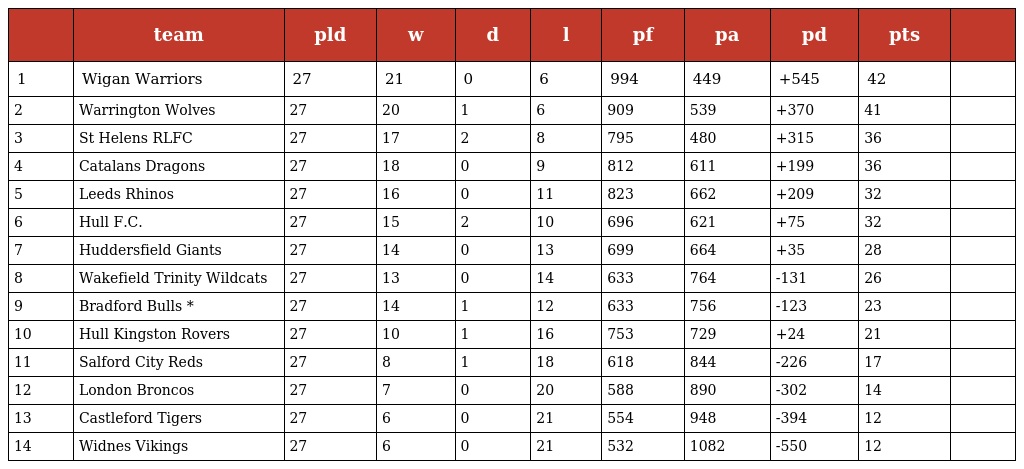
|  | team | pld | w | d | l | pf | pa | pd | pts |  |
 | --- | --- | --- | --- | --- | --- | --- | --- | --- | --- | --- |
 | 1 | Wigan Warriors | 27 | 21 | 0 | 6 | 994 | 449 | +545 | 42 |  |
 | 2 | Warrington Wolves | 27 | 20 | 1 | 6 | 909 | 539 | +370 | 41 |  |
 | 3 | St Helens RLFC | 27 | 17 | 2 | 8 | 795 | 480 | +315 | 36 |  |
 | 4 | Catalans Dragons | 27 | 18 | 0 | 9 | 812 | 611 | +199 | 36 |  |
 | 5 | Leeds Rhinos | 27 | 16 | 0 | 11 | 823 | 662 | +209 | 32 |  |
 | 6 | Hull F.C. | 27 | 15 | 2 | 10 | 696 | 621 | +75 | 32 |  |
 | 7 | Huddersfield Giants | 27 | 14 | 0 | 13 | 699 | 664 | +35 | 28 |  |
 | 8 | Wakefield Trinity Wildcats | 27 | 13 | 0 | 14 | 633 | 764 | -131 | 26 |  |
 | 9 | Bradford Bulls * | 27 | 14 | 1 | 12 | 633 | 756 | -123 | 23 |  |
 | 10 | Hull Kingston Rovers | 27 | 10 | 1 | 16 | 753 | 729 | +24 | 21 |  |
 | 11 | Salford City Reds | 27 | 8 | 1 | 18 | 618 | 844 | -226 | 17 |  |
 | 12 | London Broncos | 27 | 7 | 0 | 20 | 588 | 890 | -302 | 14 |  |
 | 13 | Castleford Tigers | 27 | 6 | 0 | 21 | 554 | 948 | -394 | 12 |  |
 | 14 | Widnes Vikings | 27 | 6 | 0 | 21 | 532 | 1082 | -550 | 12 |  |